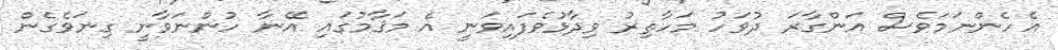
އެހެންނަމަވެސް އަންގާރަ ދުވަހު މަހާތިރު ވިދާޅުވެފައިވަނީ އެ މަޤާމުގައި އޭނާ ހުންނަވާނީ ގިނަވެގެން